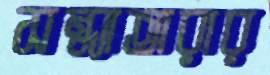
সন্ধ্যাতারার